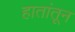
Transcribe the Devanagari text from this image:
हातांतून